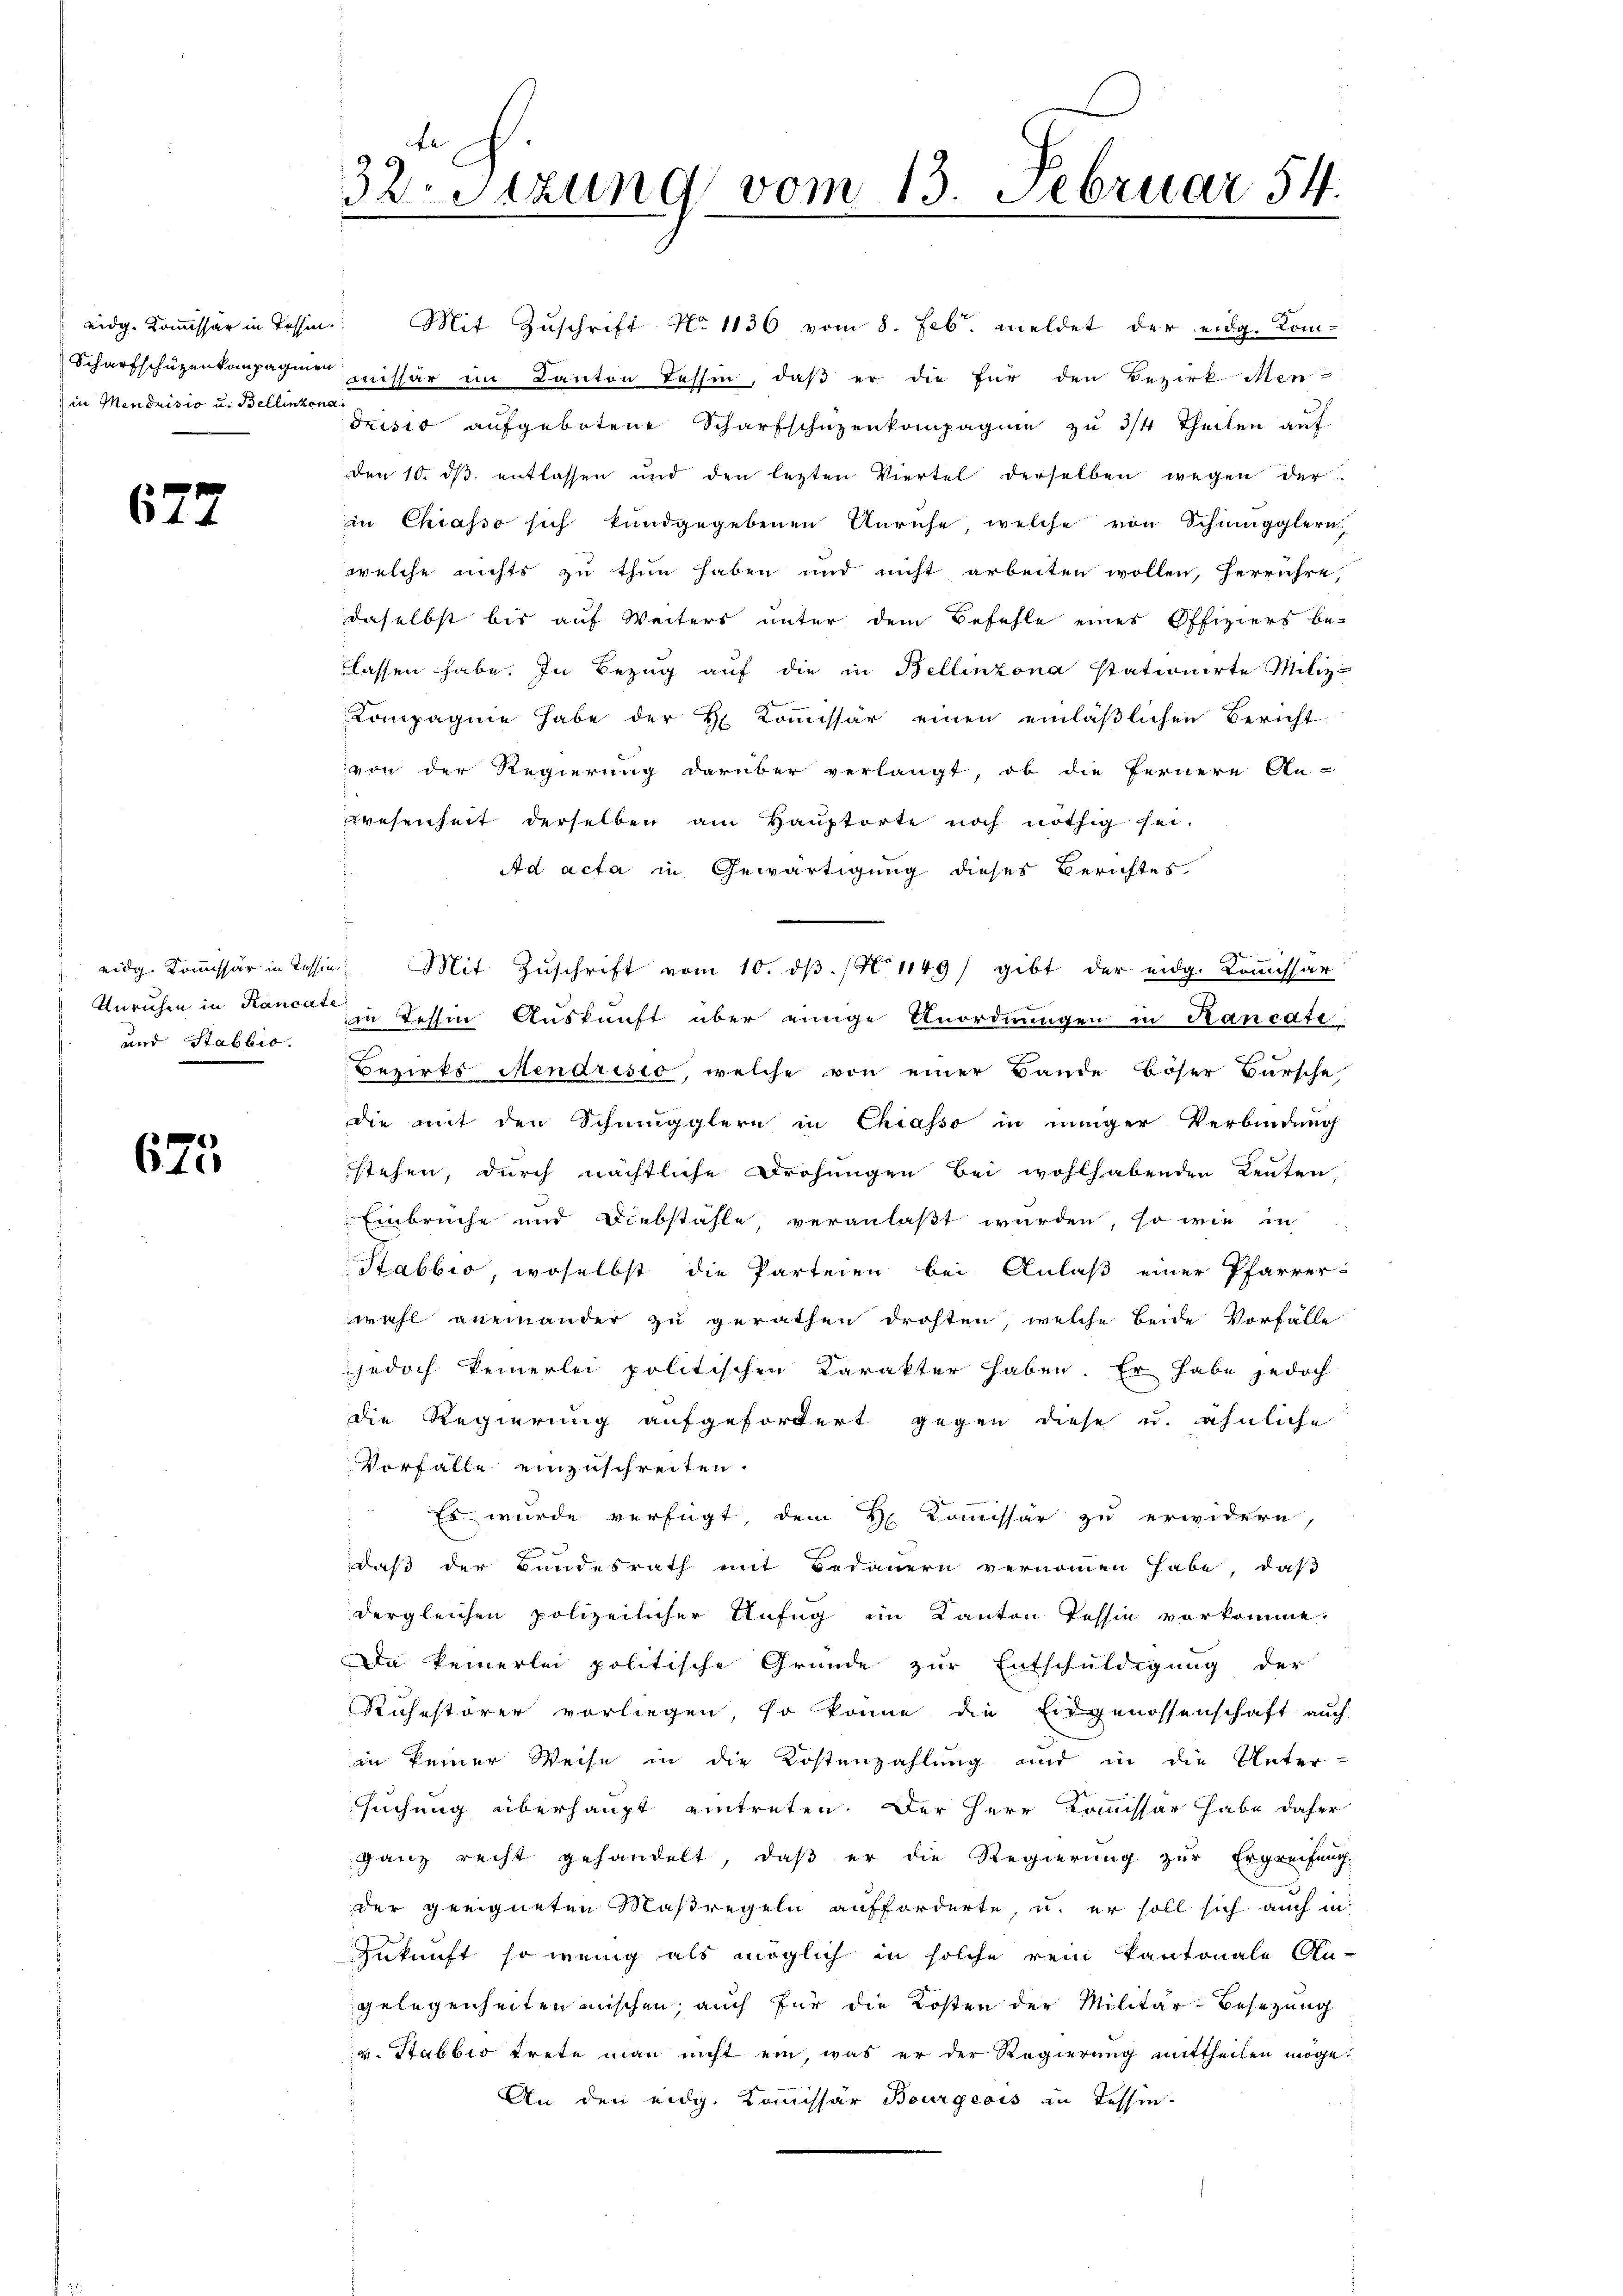
eidg. Kommissär in Tessin.
in Mendrisio u. Bellinzona

677

und Stabbio.

625.

Mit Zuschrift No 1136 vom 8. Febr. meldet der eidg. Kom¬
Scharfschüzenkompagnien missär im Kanton Tessin, daß er die für den Bezirk Men-
drisis aufgebotene Scharfschüzenkompagnie zu 3/4 Theilen auf
den 10. ds. entlassen und den lezten Viertel derselben wegen der
in Chiasso sich kundgegebenen Anruhe, welche von Schmugglern
welche nichts zu thun haben und nicht arbeiten wollen, herrühre
daselbst bis auf Weiters unter dem Befehle eines Offiziers be-
lassen habe. In Bezug auf die in Bellinzona stationirte Miliz-
Kompagnie habe der H. Kommissär einen einläβlichen Bericht
von der Regierung darüber verlangt, ob die fernere An-
wesenheit derselben am Hauptorte noch nöthig sei.
Ad acta in Gewärtigung dieses Berichtes.
eidg. Koṁissär in Tessin Mit Zŭschrift vom 10. dβ. / 1149) gibt der eidg. Kommissär
Unruhen in Kancat in dessen Auskunft über einige Anordnungen in Hancati
Bezirks Mendrisio, welche von einer Bande Böser Bursche,
die mit den Schmugglern in Chiasso in inniger Verbindung
stehen, durch nächtliche Drohungen bei wohlhabenden Leuten,
Einbruche und Diebstähle, veranlaßt wurden, so wie in
Stabbio, woselbst die Parteien bei Anlaß einer Pfarrer-
wohl aneinander zu gerathen drohten, welche beide Vorfälle
jedoch keinerlei politischen Karakter haben. Er habe jedoch
die Regierung aufgefordert gegen diese u. ähnliche
Vorfalle einzuschreiten.
Es wurde verfügt, dem H. Kommissär zu erwidern,
daß der Bundesrath mit Bedauern vernommen habe, daß
dergleichen polizeilicher Unfug im Kanton Tessin vorkomme.
Da keinerlei politische Gründe zur Entschuldigung der
Ruhestörer vorliegen, so könne die Eidgenossenschaft auch
in keiner Weise in die Kostenzahlung und in die Unter-
suchung überhaupt eintreten. Der Herr Kommissär habe daher
ganz recht gehandelt, daß er die Regierung zur Ergreifung
.
der geeigneten Maßregeln aufforderte, u. er soll sich auch in
Zukunft so wenig als möglich in solche rein Kantonale An-
gelegenheiten mischen, auch für die Kosten der Militär-Besezung
v. Stabbio trete man nicht ein, was er der Regierŭng mittheilen möge.
An den eidg. Kommissär Bourgeois in Tessin-

32 Sitzung vom 13. Februar 54.
6